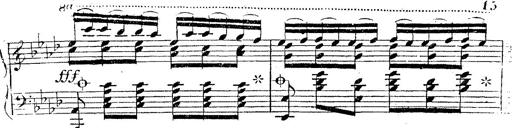
Title: 12 Lieder von Franz Schubert
Composer: Franz Liszt